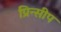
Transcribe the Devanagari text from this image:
प्रिन्सीप